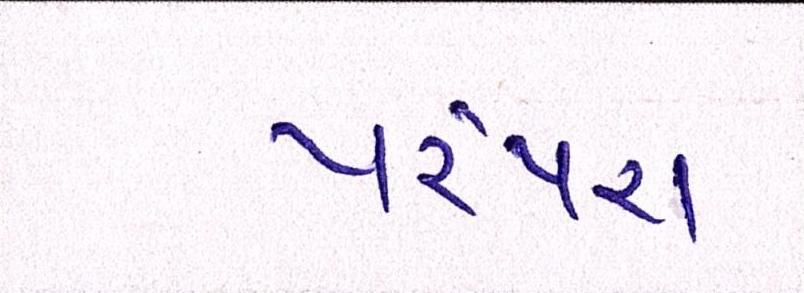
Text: પરંપરા